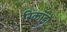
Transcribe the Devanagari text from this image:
रिकॉडों